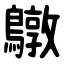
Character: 鷻